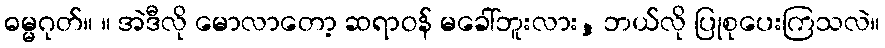
ဓမ္မဂုတ်။ ။ အဲဒီလို မောလာတော့ ဆရာဝန် မခေါ်ဘူးလား, ဘယ်လို ပြုစုပေးကြသလဲ။